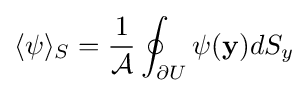
\langle \psi \rangle _{S}={\frac {1}{\mathcal {A}}}\oint _{\partial U}\psi (\mathbf {y} )dS_{y}